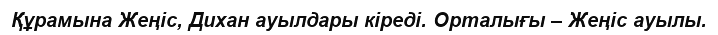
Құрамына Жеңіс, Дихан ауылдары кіреді. Орталығы – Жеңіс ауылы.